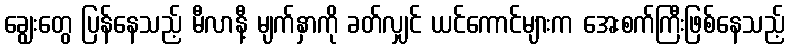
ချွေးတွေ ပြန်နေသည့် မီလာနီ့ မျက်နှာကို ခတ်လျှင် ယင်ကောင်များက အေးစက်ကြီးဖြစ်နေသည့်